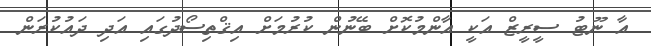
އާ ނޫޓު ސީރީޒް އަކީ އާންމުކޮށް ބޭނުން ކުރުމަށް އިޤްތިސޯދުގައި އަދި ދައުކުރަން